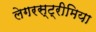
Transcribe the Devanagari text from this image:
लेगरस्ट्रीमिया